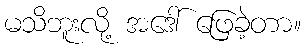
မသိဘူးလို့ အဒေါ် ဖြေခဲ့တာ။